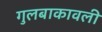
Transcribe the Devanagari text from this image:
गुलबाकावली